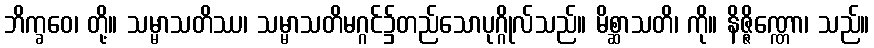
ဘိက္ခဝေ၊ တို့။ သမ္မာသတိဿ၊ သမ္မာသတိမဂ္ဂင်၌တည်သောပုဂ္ဂိုလ်သည်။ မိစ္ဆာသတိ၊ ကို။ နိဇ္ဇိဏ္ဏော၊ သည်။